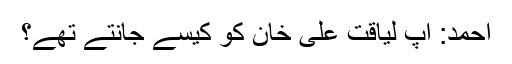
احمد: آپ لیاقت علی خان کو کیسے جانتے تھے؟